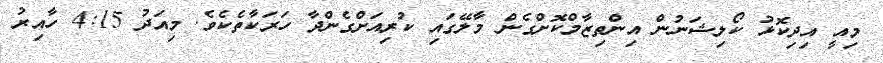
މިއީ އިދިކޮޅު ކޯލިޝަނުން އިންތިޒާމްކޮށްގެން މާލޭގައި ކުރިއަށްގެންދާ ހަރަކާތެކެވެ. މިއަދު 4:15 ހާއިރު